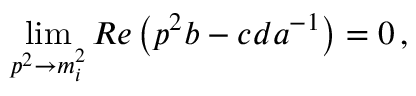
\operatorname * { l i m } _ { p ^ { 2 } \rightarrow m _ { i } ^ { 2 } } R e \left( p ^ { 2 } b - c d a ^ { - 1 } \right) = 0 \, ,